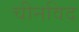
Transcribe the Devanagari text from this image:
चीनविद